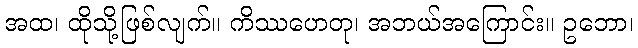
အထ၊ ထိုသို့ဖြစ်လျက်။ ကိဿဟေတု၊ အဘယ်အကြောင်း။ ဥဘော၊